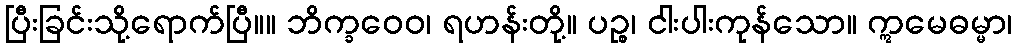
ပြီးခြင်းသို့ရောက်ပြီ။။ ဘိက္ခဝေဝ၊ ရဟန်းတို့။ ပဉ္စ၊ ငါးပါးကုန်သော။ ဣမေဓမ္မာ၊